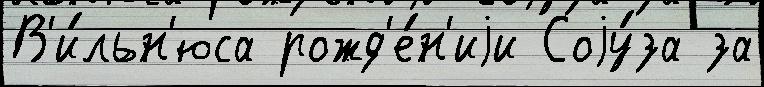
В'и́льн'юса рожд'е́н'иjи Соjу́за за